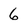
Character: 6